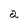
Character: a